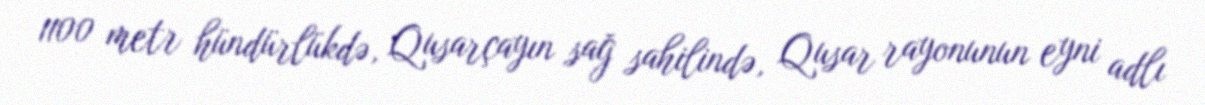
1100 metr hündürlükdə, Qusarçayın sağ sahilində, Qusar rayonunun eyni adlı